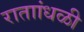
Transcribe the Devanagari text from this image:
राताांधळी